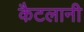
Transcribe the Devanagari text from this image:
कैटलानी